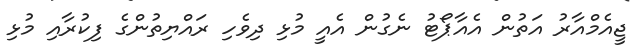
ޖީއެމްއާރު އަތުން އެއާޕޯޓު ނެގުން އެއީ މުޅި ދިވެހި ރައްޔިތުންގެ ފިކުރާއި މުޅި